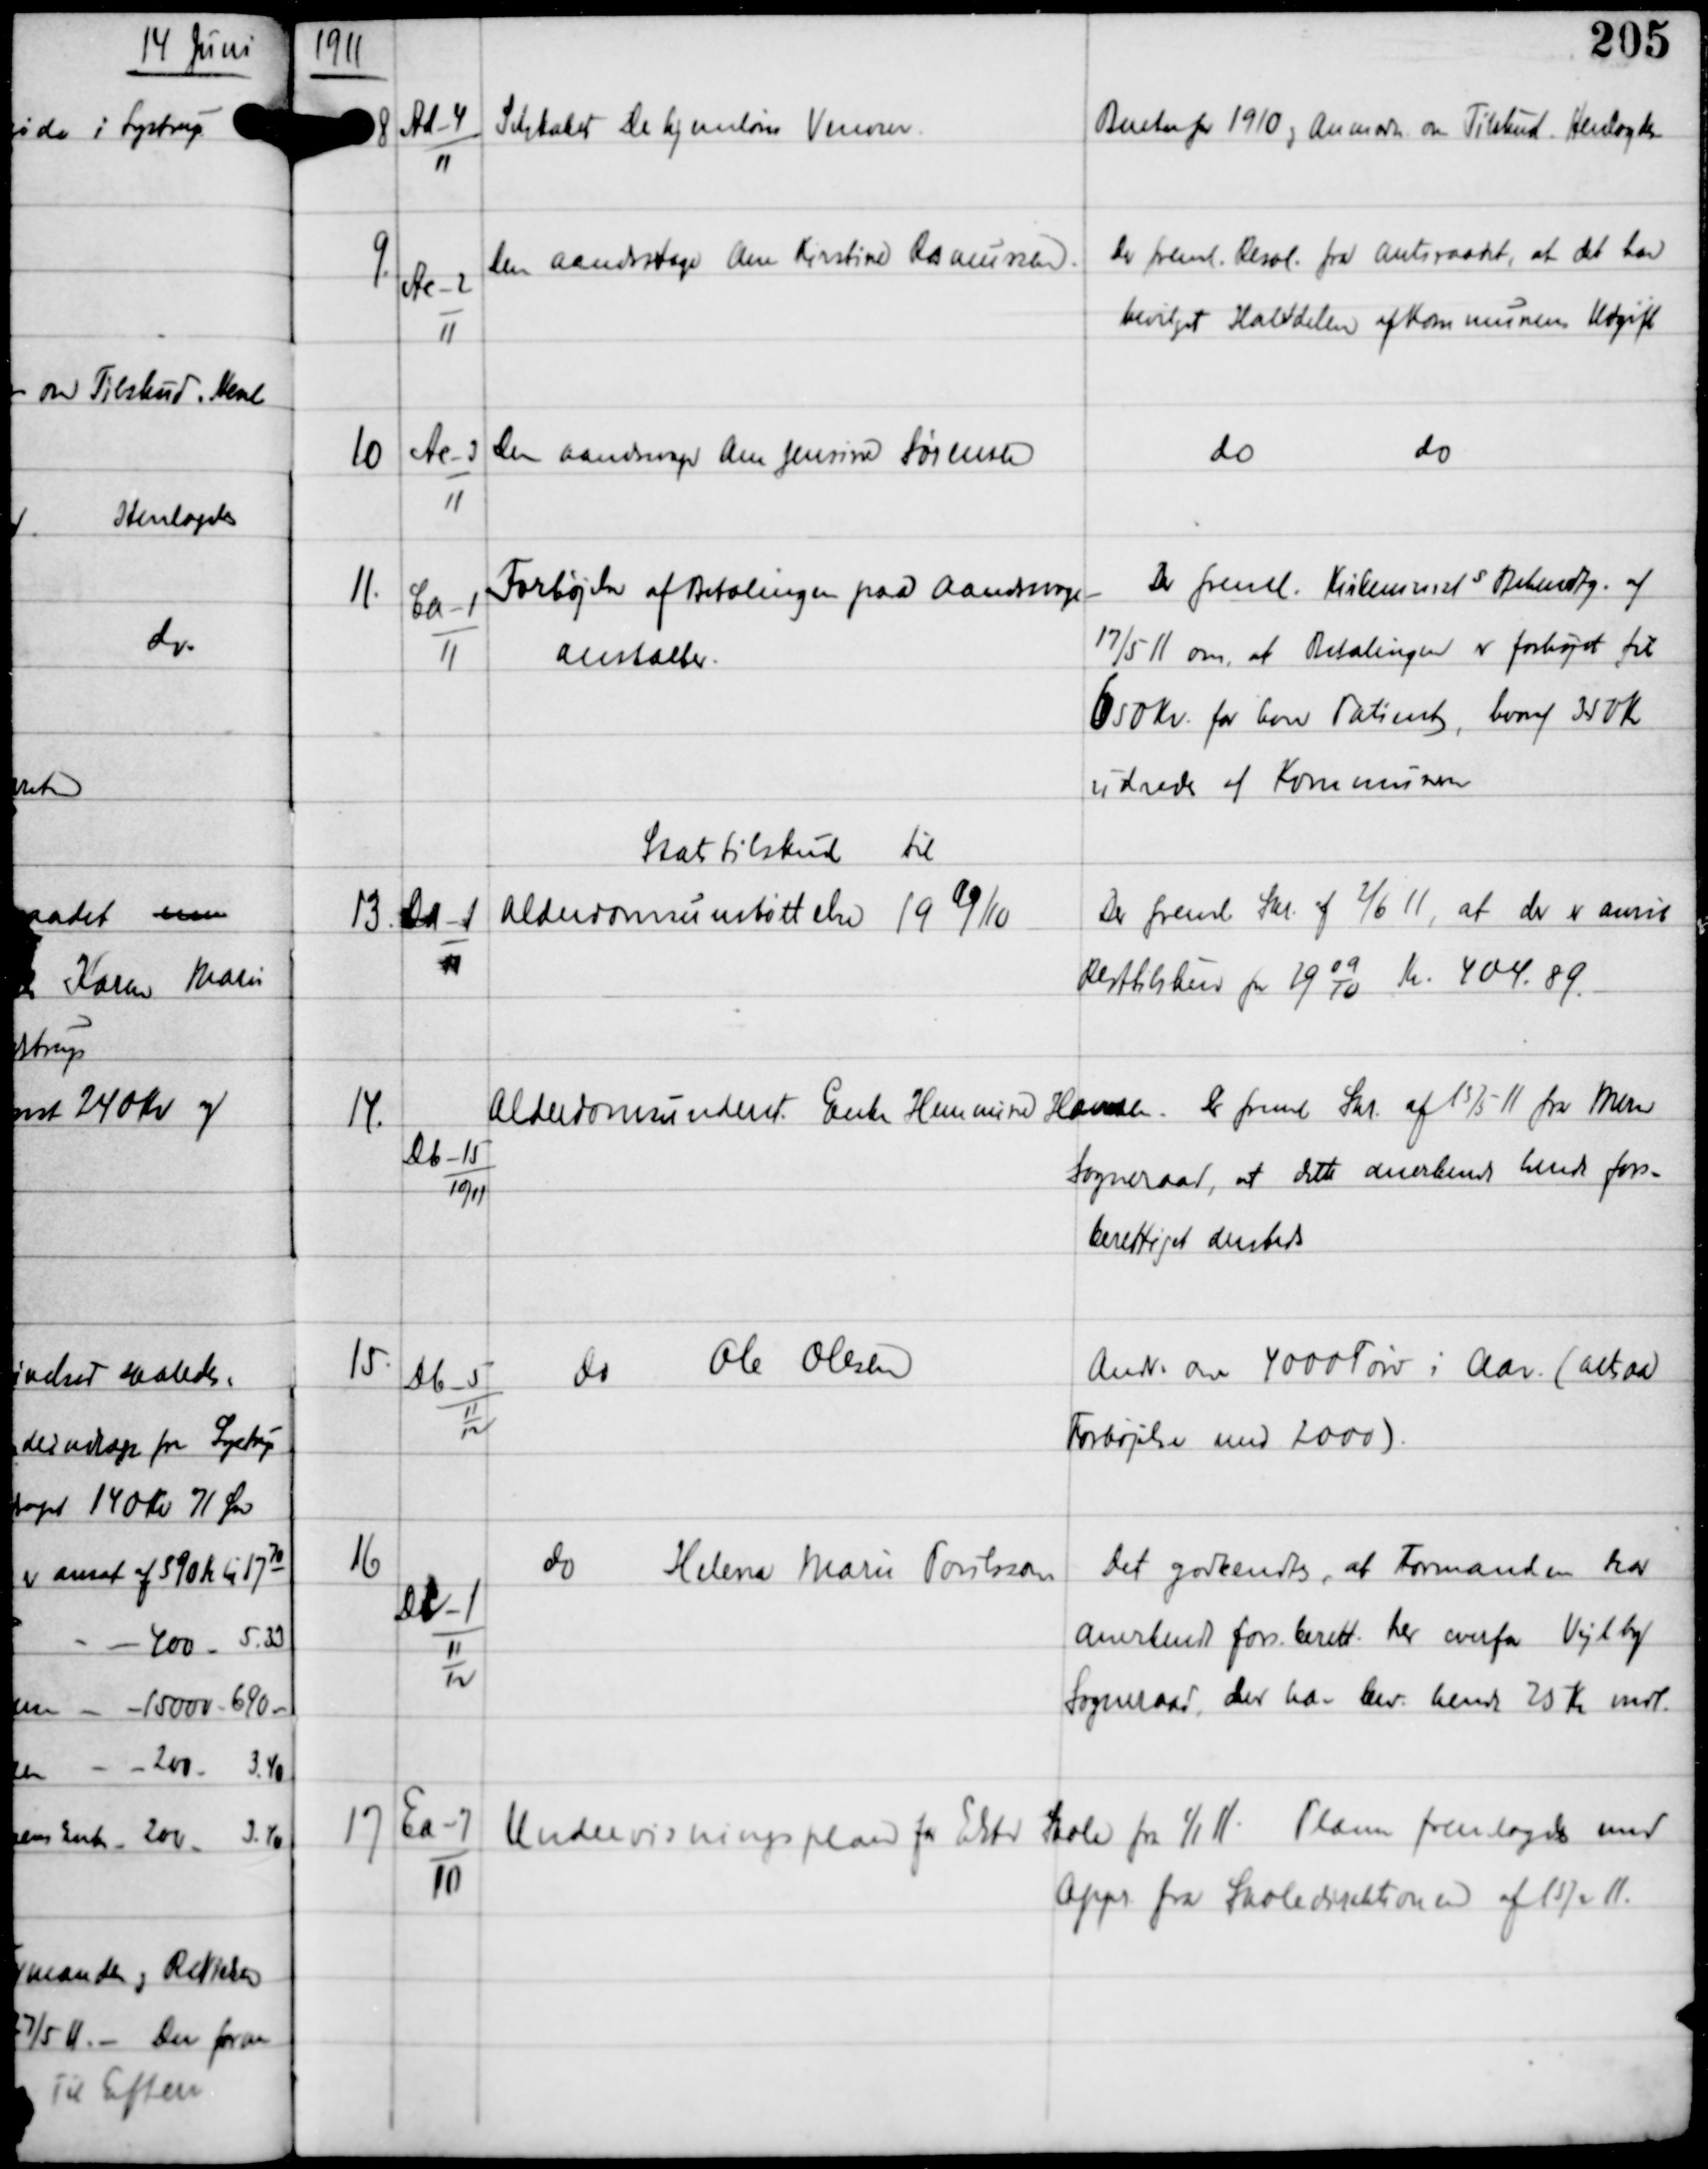
Transskription:
1911

8

Ad-4
11

Selskabet De hjemløses Venner

Beretn for 1910 og Anmodn om Tilskud. Henlagdes

9.

Ac-2
11

Den aandsvage Ane Kirstine Rasmussen.

Der freml. Resol. fra Amtsraadet, at det har
bevilget Halvdelen af Kommunens Udgift

10

Ac-3
11

Den aandsvage Ane Jensine Sørensen

do
do

11.

Ca-1
11

Forhøjelse af Betalingen paa Aandsvage-
anstalter.

Der freml. Kirkeminists Bekendtg af
17/5 11 om, at Betalingem er forhøjet til
650 Kr for hver Patient, hvoraf 350 Kr
udredes af Kommunen

13

Cd-1
11

Statstilskud til
Alderdomsundtøttelse 1909/10.

Der freml. Skr. af 2/6 11, at der er anvist
Resttilskud for 190910. Kr 404.89.

14.

Db-15
10/11

Alderdomsunderst Enke Hemmine Hansen

Der freml Skr af 15/5 11 fra Mern

Sogneraad, at dette anerkender hende fors-
berettiget ansteds

15.

Db-5
11
12

do Ole Olesen

Andr om 4000 Tørv i Aar (altsaa
Forhøjelse med 2000)

16

Dc-1
11
12

do Helene Marie Porilsson

Det godkendtes, at Formanden har
anerkendt fors.berett her overfor Vejlby
Sogneraad der har bev. hende 25 Kr mdl.

17

Ea-7
10

Undervisningsplan for Elsted Skole fra 1/1 11. Planen fremlagdes med
Appr fra Skoledirektionen af 15/2 11.